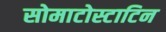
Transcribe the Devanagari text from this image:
सोमाटोस्टाटिन